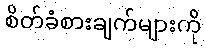
စိတ်ခံစားချက်များကို